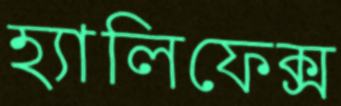
হ্যালিফেক্স